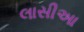
લાસીઆ